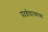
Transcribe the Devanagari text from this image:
पदवीधारकांच्या